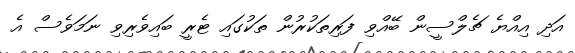
އަދި އިއްޔެ ޗެލްސީން ބޭއްވި ފަރިތަކުރުން ތަކުގައި ޓެރީ ބައިވެރިވި ނަމަވެސް އެ